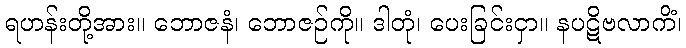
ရဟန်းတို့အား။ ဘောဇနံ၊ ဘောဇဉ်ကို။ ဒါတုံ၊ ပေးခြင်းငှာ။ နပဋိဗလာကိံ၊